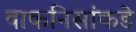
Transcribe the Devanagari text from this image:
वाकनिसांकडे